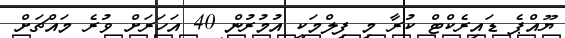
ޔޫއްޕެ ޑައިރެކްޓް ކުރާ މި ފިލްމަކީ އުމުރުން 40 އަހަރަށް ވުރެ މައްޗަށް